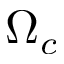
\Omega _ { c }